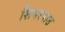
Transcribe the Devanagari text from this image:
शियरपाउ